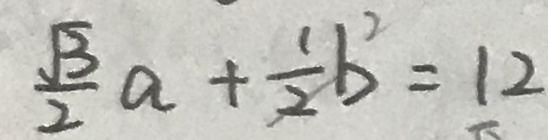
\frac { \sqrt { 3 } } { 2 } a + \frac { 1 } { 2 } b ^ { 2 } = 1 2